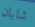
شابان